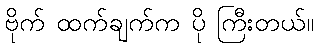
ဗိုက် ထက်ချက်က ပို ကြီးတယ်။